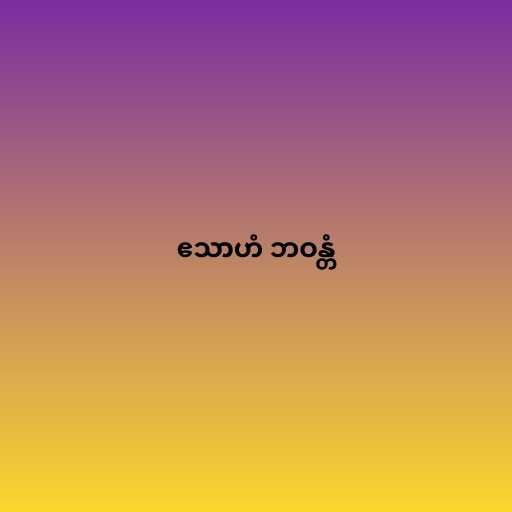
ဧသာဟံ ဘဝန္တံ